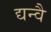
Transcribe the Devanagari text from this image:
द्यन्वै